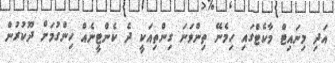
އަދި މިނައިޓް މާކެޓްގައި ހިމެނޭ ތިންވަނަ ގިންތިއަކީ ދެ ކެންޓީނެއް ހިންގުމަށް ދޫކުރުން